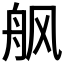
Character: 𱼸